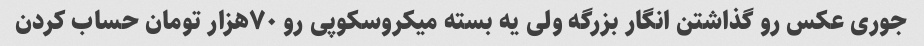
جوری عکس رو گذاشتن انگار بزرگه ولی یه بسته میکروسکوپی رو ۷۰هزار تومان حساب کردن